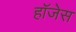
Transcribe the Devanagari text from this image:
हॉजेस